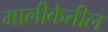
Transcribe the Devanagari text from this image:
मालीकेतील